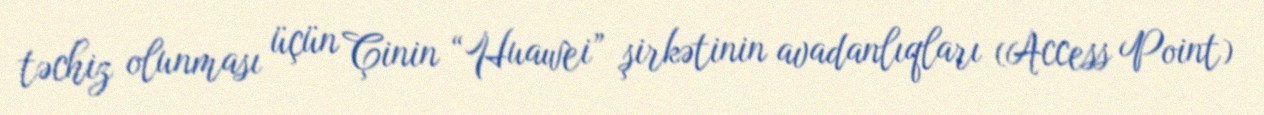
təchiz olunması üçün Çinin “Huawei” şirkətinin avadanlıqları (Access Point)